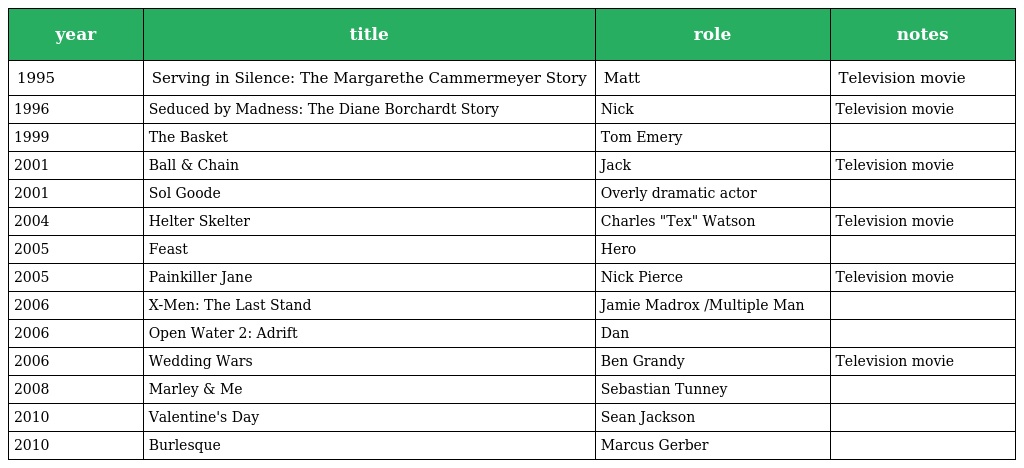
| year | title | role | notes |
 | --- | --- | --- | --- |
 | 1995 | Serving in Silence: The Margarethe Cammermeyer Story | Matt | Television movie |
 | 1996 | Seduced by Madness: The Diane Borchardt Story | Nick | Television movie |
 | 1999 | The Basket | Tom Emery |  |
 | 2001 | Ball & Chain | Jack | Television movie |
 | 2001 | Sol Goode | Overly dramatic actor |  |
 | 2004 | Helter Skelter | Charles "Tex" Watson | Television movie |
 | 2005 | Feast | Hero |  |
 | 2005 | Painkiller Jane | Nick Pierce | Television movie |
 | 2006 | X-Men: The Last Stand | Jamie Madrox /Multiple Man |  |
 | 2006 | Open Water 2: Adrift | Dan |  |
 | 2006 | Wedding Wars | Ben Grandy | Television movie |
 | 2008 | Marley & Me | Sebastian Tunney |  |
 | 2010 | Valentine's Day | Sean Jackson |  |
 | 2010 | Burlesque | Marcus Gerber |  |